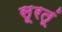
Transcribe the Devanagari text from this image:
सूरतूं